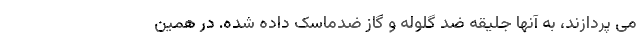
می پردازند، به آنها جلیقه ضد گلوله و گاز ضدماسک داده شده. در همین